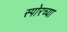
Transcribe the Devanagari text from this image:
स्पोरच्या